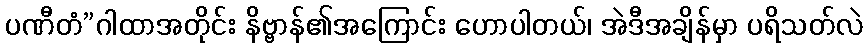
ပဏီတံ”ဂါထာအတိုင်း နိဗ္ဗာန်၏အကြောင်း ဟောပါတယ်၊ အဲဒီအချိန်မှာ ပရိသတ်လဲ